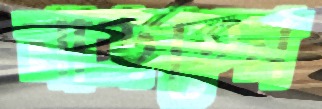
নাড়তেন